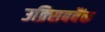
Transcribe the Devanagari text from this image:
उक्र्सिबबैंक